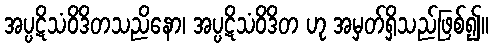
အပ္ပဋိသံဝိဒိတသညိနော၊ အပ္ပဋိသံဝိဒိတ ဟု အမှတ်ရှိသည်ဖြစ်၍။